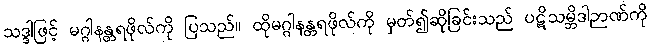
သဒ္ဒါဖြင့် မဂ္ဂါနန္တရဖိုလ်ကို ပြသည်။ ထိုမဂ္ဂါနန္တရဖိုလ်ကို မှတ်၍ဆိုခြင်းသည် ပဋိသမ္ဘိဒါဉာဏ်ကို